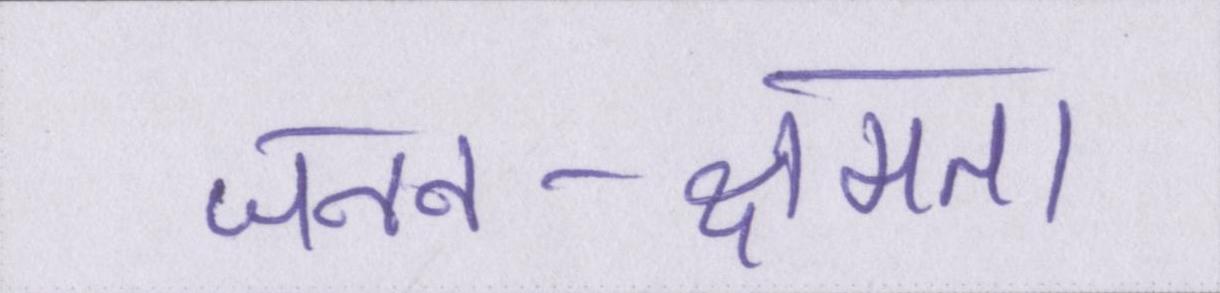
जनन-क्षमता